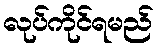
လုပ်ကိုင်ရမည်